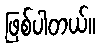
ဖြစ်ပါတယ်။